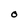
Character: O